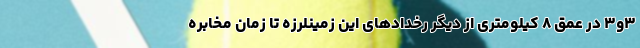
۳و۳ در عمق ۸ کیلومتری از دیگر رخدادهای این زمینلرزه تا زمان مخابره